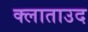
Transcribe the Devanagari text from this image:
क्लाताउद